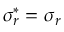
\sigma _ { r } ^ { * } = \sigma _ { r }